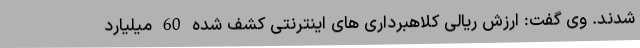
شدند. وی گفت: ارزش ریالی کلاهبرداری های اینترنتی کشف شده 60 میلیارد